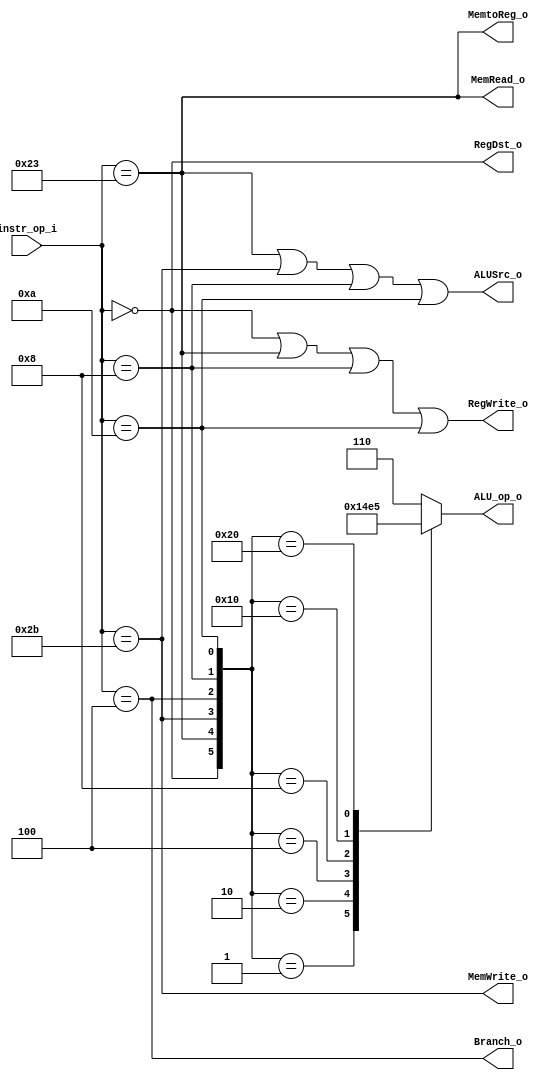
//Subject:     CO project 2 - Decoder
//--------------------------------------------------------------------------------
//Version:     1
//--------------------------------------------------------------------------------
//Writer:       109550020
//----------------------------------------------
//----------------------------------------------
//Description: 
//--------------------------------------------------------------------------------
`timescale 1ns/1ps
module Decoder(
    instr_op_i,
	RegWrite_o,
	ALU_op_o,
	ALUSrc_o,
	RegDst_o,
	Branch_o,
	MemRead_o,
	MemWrite_o,
	MemtoReg_o
	);
     
//I/O ports
input  [6-1:0] instr_op_i;

output         RegWrite_o;
output [3-1:0] ALU_op_o;
output         ALUSrc_o;
output 		   RegDst_o;
output 		   Branch_o;
output         MemRead_o;
output         MemWrite_o;
output 		   MemtoReg_o;
 
//Internal Signals
reg         RegWrite_o;
reg [3-1:0] ALU_op_o;
reg         ALUSrc_o;
reg 		RegDst_o;
reg 		Branch_o;
reg         MemRead_o;
reg         MemWrite_o;
reg 		MemtoReg_o;

//Parameter
wire R_format;
wire lw;
wire sw;
wire beq;
wire addi;
wire slti;
wire [6-1:0] aluop;

//Main function
assign R_format = (instr_op_i == 6'b000000);
assign lw       = (instr_op_i == 6'b100011);
assign sw       = (instr_op_i == 6'b101011);
assign beq      = (instr_op_i == 6'b000100);
assign addi		= (instr_op_i == 6'b001000);
assign slti 	= (instr_op_i == 6'b001010);
assign aluop	= {R_format, lw, sw, beq, addi, slti};

always@(*)
begin
	case(aluop)
		1:	 ALU_op_o <= 3'd0; // slti
		2:	 ALU_op_o <= 3'd1; // addi
		4:	 ALU_op_o <= 3'd2; // beq
		8:   ALU_op_o <= 3'd3; // sw
		16:	 ALU_op_o <= 3'd4; // lw
		32:  ALU_op_o <= 3'd5; // R_format
		default: ALU_op_o <= 3'd6; // else
	endcase
	ALUSrc_o	<= lw | sw | addi | slti;
	RegWrite_o	<= R_format | lw | addi | slti;
	RegDst_o	<= R_format;
	Branch_o	<= beq;
	MemRead_o	<= lw;
	MemWrite_o	<= sw;
	MemtoReg_o	<= lw;
end

endmodule